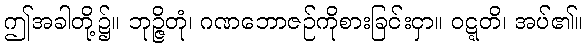
ဤအခါတို့၌။ ဘုဉ္ဇိတုံ၊ ဂဏဘောဇဉ်ကိုစားခြင်းငှာ။ ဝဋ္ဋတိ၊ အပ်၏။